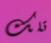
تلك